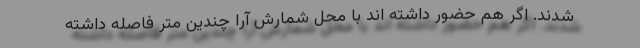
شدند. اگر هم حضور داشته اند با محل شمارش آرا چندین متر فاصله داشته